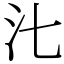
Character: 㲺